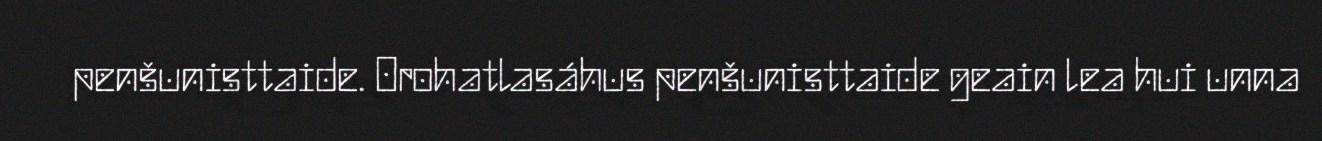
penšunisttaide. Orohatlasáhus penšunisttaide geain lea hui unna